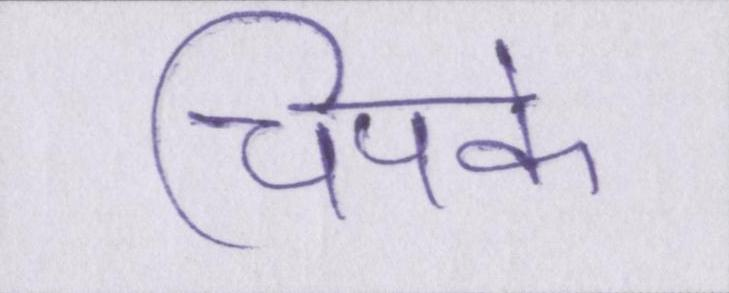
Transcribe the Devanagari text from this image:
चिपके